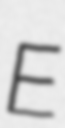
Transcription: E